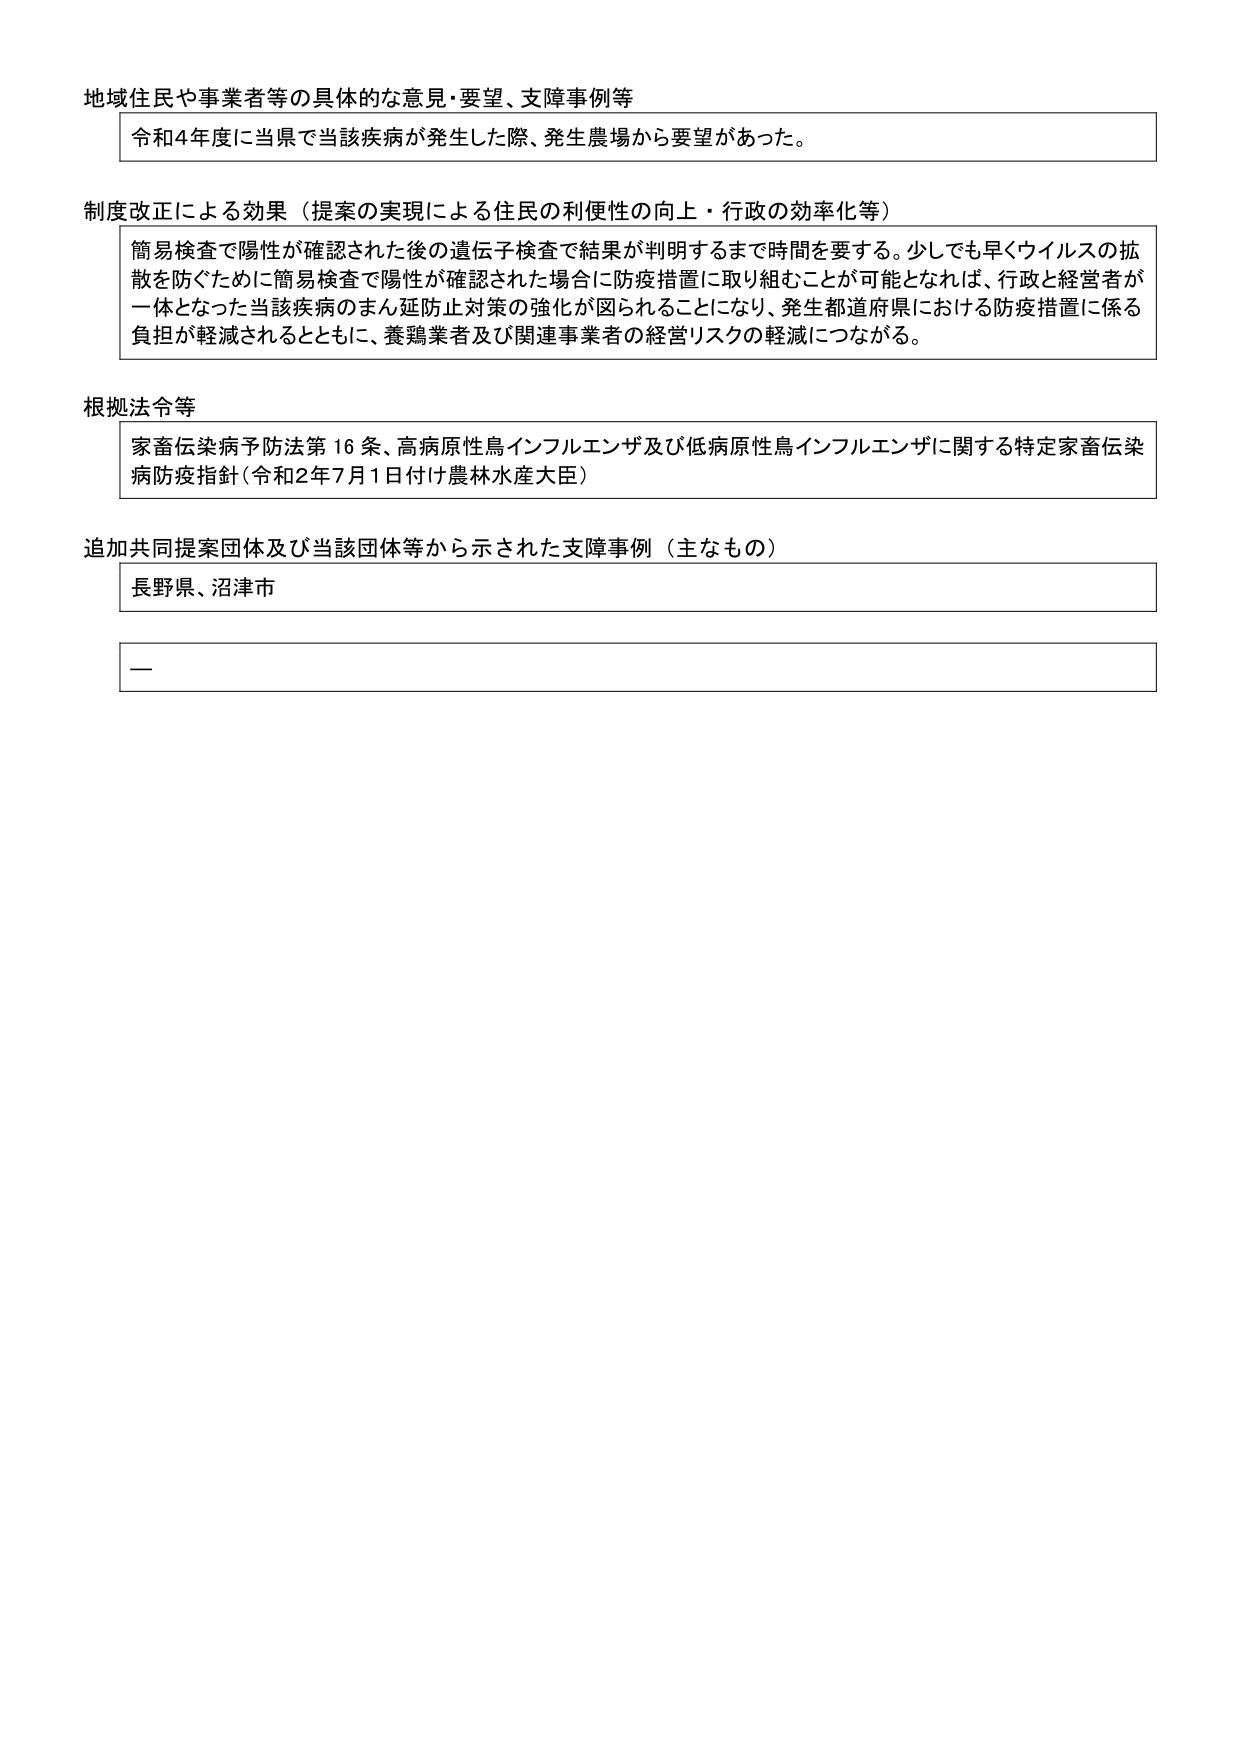
地域住民や事業者等の具体的な意見・要望、支障事例等
令和4年度に当県で当該疾病が発生した際、発生農場から要望があった。

制度改正による効果（提案の実現による住民の利便性の向上・行政の効率化等）
簡易検査で陽性が確認された後の遺伝子検査で結果が判明するまで時間を要する。少しでも早くウイルスの拡散を防ぐために簡易検査で陽性が確認された場合に防疫措置に取り組むことが可能となれば、行政と経営者が一体となった当該疾病のまん延防止対策の強化が図られることになり、発生都道府県における防疫措置に係る負担が軽減されるとともに、養鶏業者及び関連事業者の経営リスクの軽減につながる。

根拠法令等
家畜伝染病予防法第16条、高病原性鳥インフルエンザ及び低病原性鳥インフルエンザに関する特定家畜伝染病防疫指針（令和2年7月1日付け農林水産大臣）

追加共同提案団体及び当該団体等から示された支障事例（主なもの）
長野県、沼津市
—